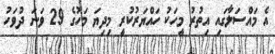
އެ މައްސަލާގައި އިތުރު މީހަކު ހައްޔަރުކުރީ މިދިޔަ މަހުގެ 29 ވަނަ ދުވަހު